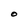
Character: O